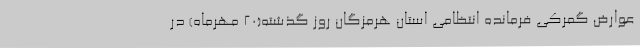
عوارض گمرکی فرمانده انتظامی استان هرمزگان روز گذشته(20 مهرماه) در